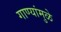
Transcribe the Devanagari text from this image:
गाण्यांमुळे